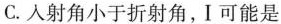
C.入射角小于折射角，I可能是